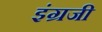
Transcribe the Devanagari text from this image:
इंंग्रजी